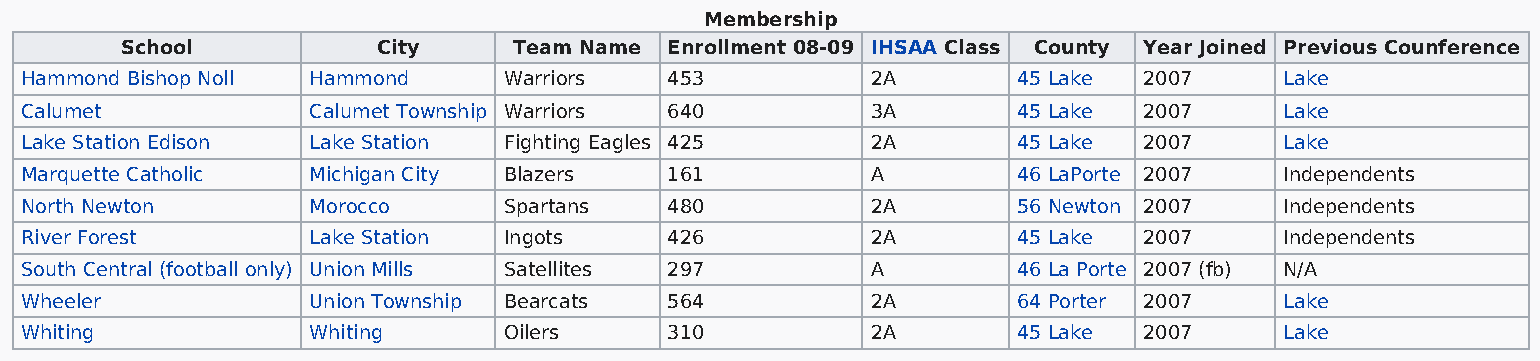
Membership
 School           City     Team Name Enrollment 08-09 IHSAA Class County Year Joined Previous Counference
 Hammond Bishop Noll Hammond     Warriors   453           2A       45 Lake  2007     Lake
 Calumet            Calumet Township Warriors 640         3A       45 Lake  2007     Lake
 Lake Station Edison Lake Station Fighting Eagles 425     2A       45 Lake  2007     Lake
 Marquette Catholic Michigan City Blazers   161           A        46 LaPorte 2007   Independents
 North Newton       Morocco      Spartans   480           2A       56 Newton 2007    Independents
 River Forest       Lake Station Ingots     426           2A       45 Lake  2007     Independents
 South Central (football only) Union Mills Satellites 297 A        46 La Porte 2007 (fb) N/A
 Wheeler            Union Township Bearcats 564           2A       64 Porter 2007    Lake
 Whiting            Whiting      Oilers     310           2A       45 Lake  2007     Lake